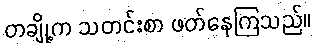
တချို့က သတင်းစာ ဖတ်နေကြသည်။